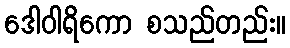
ဒေါဝါရိကော စသည်တည်း။